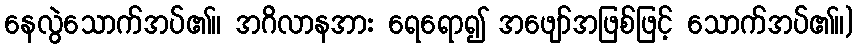
နေလွဲသောက်အပ်၏။ အဂိလာနအား ရေရော၍ အဖျော်အဖြစ်ဖြင့် သောက်အပ်၏။)